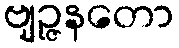
ဗျဉ္ဇနတော